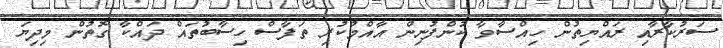
ސަރުކާރާއި ރައްޔިތުން ހިއްސާވާ ކުންފުނިން އާއްމުކުރި ތަފާސް ހިސާބުތައް ދައްކާ ގޮތުން މިދިޔަ